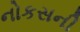
નોકસની